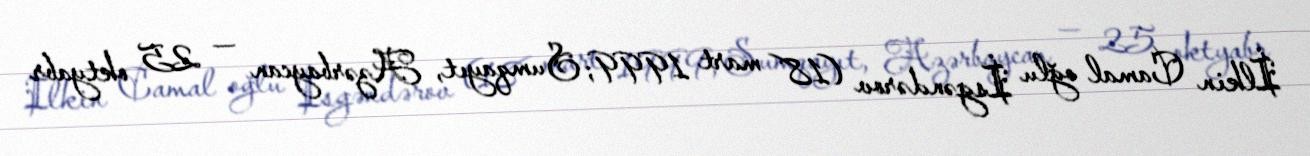
İlkin Camal oğlu İsgəndərov (18 mart 1999; Sumqayıt, Azərbaycan — 25 oktyabr